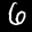
Label: 6